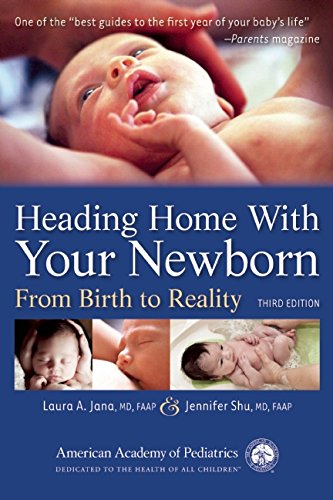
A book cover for Heading Home With Your Newborn: From Birth to Reality; Laura A. Jana; Parenting & Relationships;